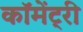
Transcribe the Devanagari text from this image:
कॉमेंट्री